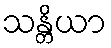
သန္တိယာ